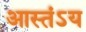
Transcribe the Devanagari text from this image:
आस्तंऽय